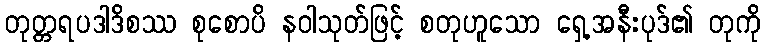
တုတ္တရပဒါဒိစဿ စုစောပိ နဝါသုတ်ဖြင့် စတုဟူသော ရှေ့အနီးပုဒ်၏ တုကို